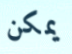
يمكن